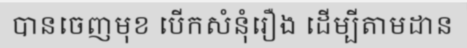
បានចេញមុខ បើកសំនុំរឿង ដើម្បីតាមដាន